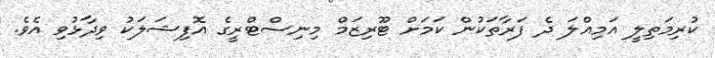
ކުރިމަތިލީ އަމިއްލަ ދެ ފަރާތަކުން ކަމަށް ޓޫރިޒަމް މިނިސްޓްރީގެ އޮފިޝަލަކު ވިދާޅުވި އެވެ.